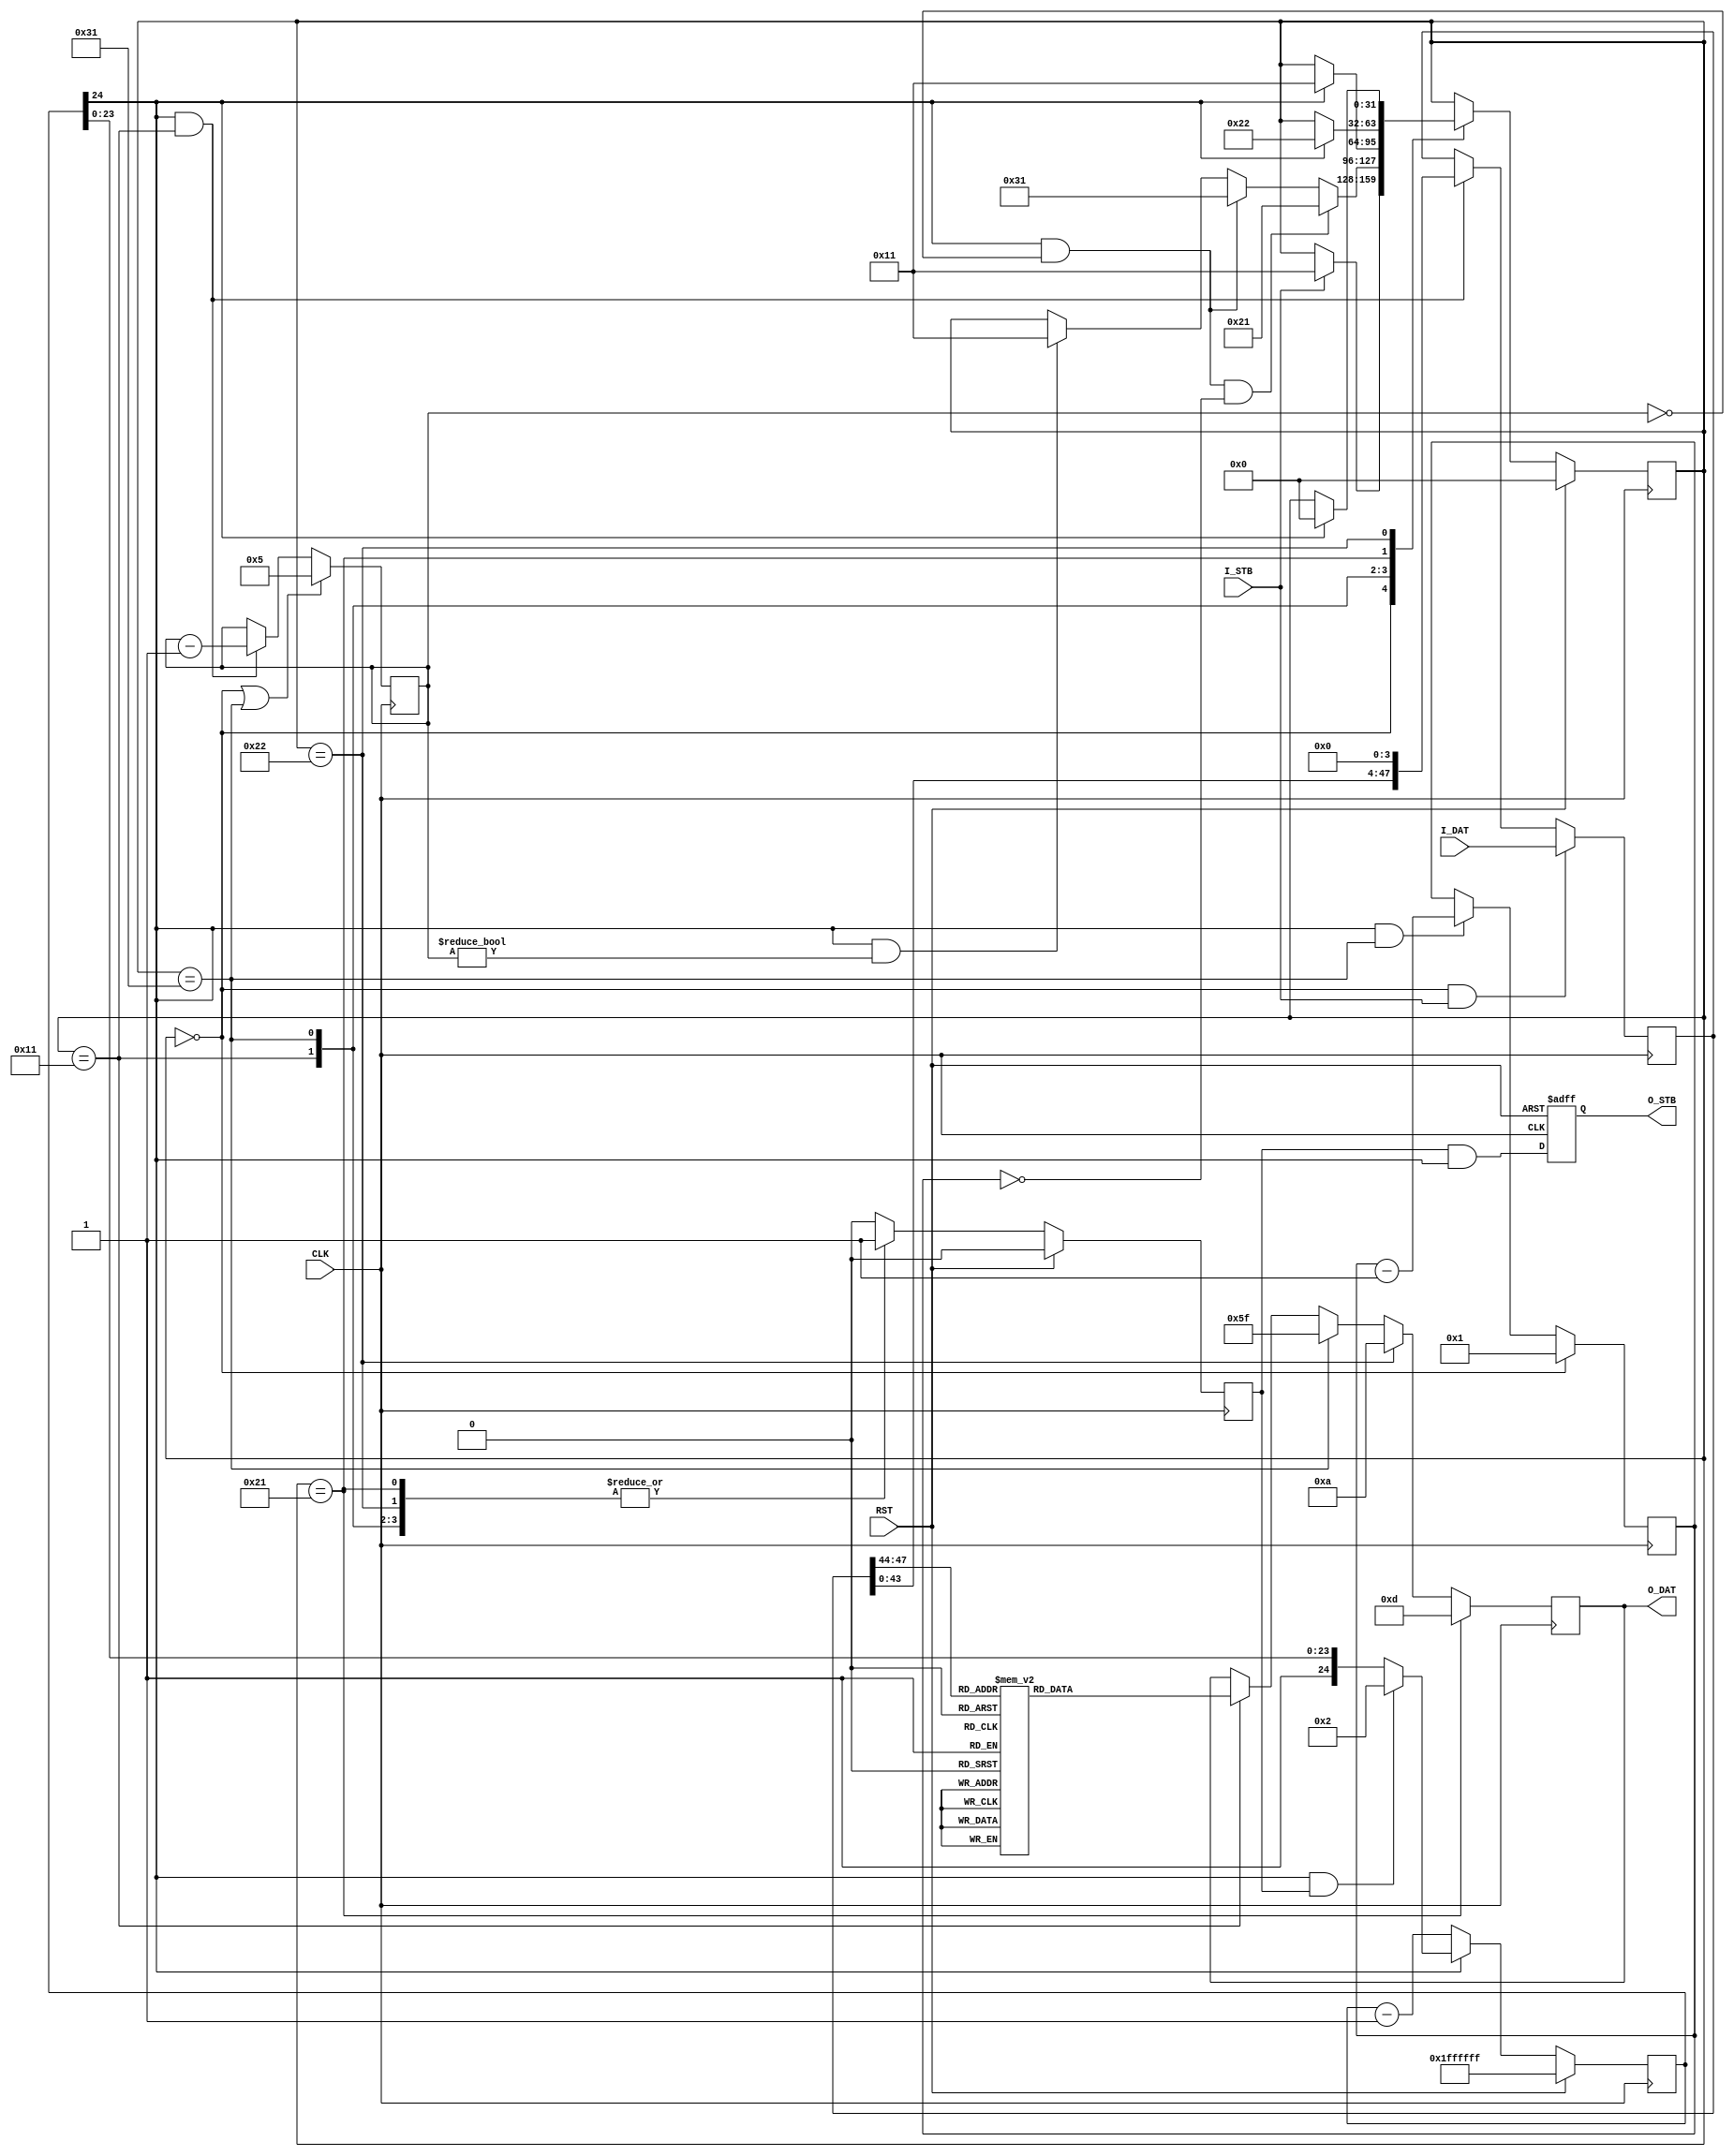
module message_formatter #
(
parameter WIDTH = 24,       // Word length in bits. MUST be a multiply of 4
parameter COUNT = 2,        // Word count
parameter TX_INTERVAL = 4   // Character transmission interval
)
(
// Clock and reset
input  wire CLK,
input  wire RST,

// Data input
input  wire I_STB,
input  wire [(WIDTH*COUNT)-1:0] I_DAT,

// ASCII output
output wire O_STB,
output wire [7:0] O_DAT
);

// ============================================================================

// Total input data word width
localparam TOTAL_WIDTH = WIDTH * COUNT;

// ============================================================================
// FSM states
integer fsm;

localparam FSM_IDLE     = 'h00;
localparam FSM_TX_HEX   = 'h11;
localparam FSM_TX_CR    = 'h21;
localparam FSM_TX_LF    = 'h22;
localparam FSM_TX_SEP   = 'h31;

// ============================================================================
// TX interval counter
reg [24:0]  tx_dly_cnt;
reg         tx_req;
wire        tx_rdy;

always @(posedge CLK)
    if (RST)
        tx_dly_cnt <= -1;
    else if (!tx_rdy)
        tx_dly_cnt <= tx_dly_cnt  - 1;
    else if ( tx_rdy && tx_req)
        tx_dly_cnt <= TX_INTERVAL - 2;

assign tx_rdy = tx_dly_cnt[24];

always @(posedge CLK)
    if (RST)
        tx_req <= 1'b0;
    else case (fsm)

    FSM_TX_HEX: tx_req <= 1'b1;
    FSM_TX_SEP: tx_req <= 1'b1;
    FSM_TX_CR:  tx_req <= 1'b1;
    FSM_TX_LF:  tx_req <= 1'b1;

    default:    tx_req <= 1'b0;

    endcase

// ============================================================================
// Word and char counter
reg  [7:0] char_cnt;
reg  [7:0] word_cnt;

always @(posedge CLK)
    if (fsm == FSM_IDLE || fsm == FSM_TX_SEP)
        char_cnt <= (WIDTH/4) - 1;
    else if (tx_rdy && fsm == FSM_TX_HEX)
        char_cnt <= char_cnt - 1;

always @(posedge CLK)
    if (fsm == FSM_IDLE)
        word_cnt <= COUNT - 1;
    else if (tx_rdy && fsm == FSM_TX_SEP)
        word_cnt <= word_cnt - 1;

// ============================================================================
// Data shift register
reg  [TOTAL_WIDTH-1:0] sr_reg;
wire [3:0] sr_dat;

always @(posedge CLK)
    if (fsm == FSM_IDLE && I_STB)
        sr_reg <= I_DAT;
    else if (fsm == FSM_TX_HEX && tx_rdy)
        sr_reg <= sr_reg << 4;

assign sr_dat = sr_reg[TOTAL_WIDTH-1:TOTAL_WIDTH-4];

// ============================================================================
// Control FSM
always @(posedge CLK)
    if (RST)
        fsm <= FSM_IDLE;
    else case (fsm)

    FSM_IDLE:   if (I_STB) fsm <= FSM_TX_HEX;

    FSM_TX_HEX:
                if (tx_rdy && (char_cnt == 0) && (word_cnt == 0))
                    fsm <= FSM_TX_CR;
                else if (tx_rdy && (char_cnt == 0)) fsm <= FSM_TX_SEP;
                else if (tx_rdy && (char_cnt != 0)) fsm <= FSM_TX_HEX;

    FSM_TX_SEP: if (tx_rdy) fsm <= FSM_TX_HEX;
    FSM_TX_CR:  if (tx_rdy) fsm <= FSM_TX_LF;
    FSM_TX_LF:  if (tx_rdy) fsm <= FSM_IDLE;

    endcase

// ============================================================================
// Data to ASCII converter
reg        o_stb;
reg  [7:0] o_dat;

always @(posedge CLK or posedge RST)
    if (RST)
        o_stb <= 1'd0;
    else
        o_stb <= tx_req & tx_rdy;

always @(posedge CLK)
    if      (fsm == FSM_TX_CR)
        o_dat <= 8'h0D;
    else if (fsm == FSM_TX_LF)
        o_dat <= 8'h0A;
    else if (fsm == FSM_TX_SEP)
        o_dat <= "_";
    else if (fsm == FSM_TX_HEX) case (sr_dat)
        4'h0: o_dat <= "0";
        4'h1: o_dat <= "1";
        4'h2: o_dat <= "2";
        4'h3: o_dat <= "3";
        4'h4: o_dat <= "4";
        4'h5: o_dat <= "5";
        4'h6: o_dat <= "6";
        4'h7: o_dat <= "7";
        4'h8: o_dat <= "8";
        4'h9: o_dat <= "9";
        4'hA: o_dat <= "A";
        4'hB: o_dat <= "B";
        4'hC: o_dat <= "C";
        4'hD: o_dat <= "D";
        4'hE: o_dat <= "E";
        4'hF: o_dat <= "F";
    endcase

assign O_STB = o_stb;
assign O_DAT = o_dat;

endmodule